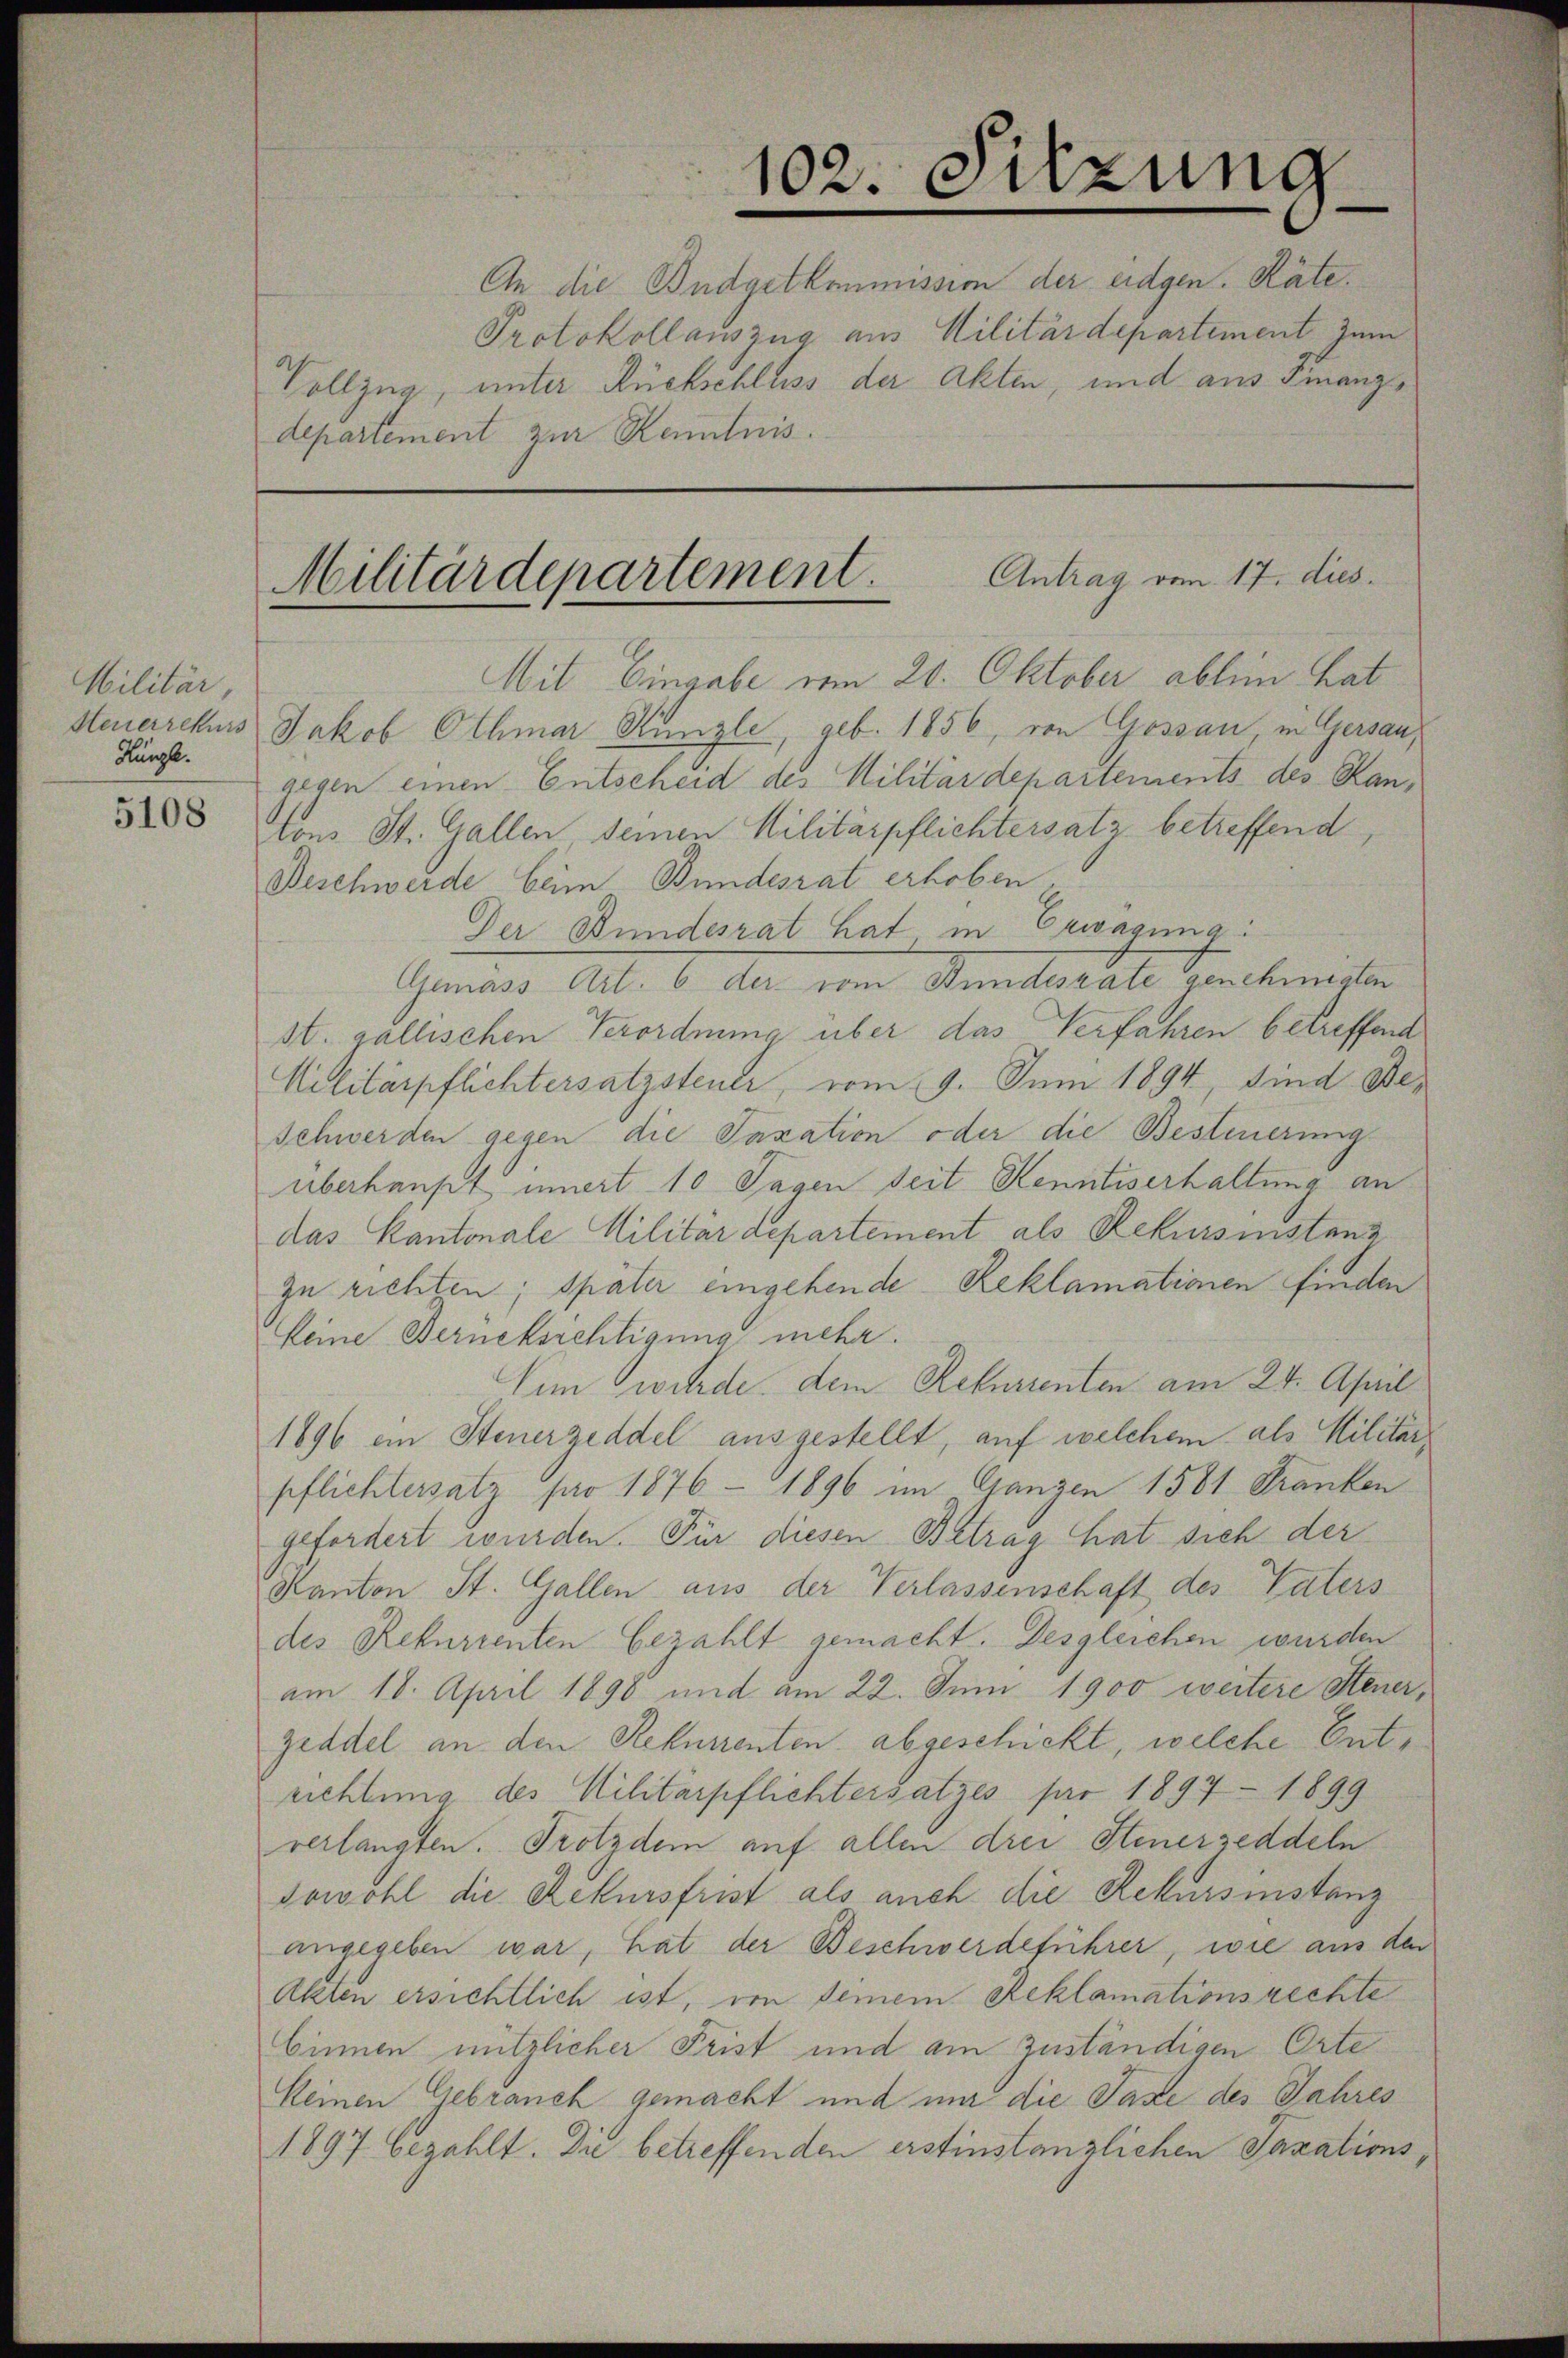
Militär,
Hunge.
5108

Vollzug, unter Rückschluss der Akten, und aus Finanzdepartement zur Kenntnis.

An die Budgetkommission der eidgen. Räte.
Protokollauszug aus Militärdepartement zum

102. Sitzung

Antrag vom 17. dies
Militärdepartement.

Mit Eingabe vom 20. Oktober ablein hat
Steuerrekurs Jakob Othmar Kungle, geb. 1856, von Gossau in Gersau,
gegen einen Entscheid des Militärdepartements des Kantons St. Gallen seinen Militärpflichtersatz betreffend
Beschwerde beim Bundesrat erhoben,
Der Bundesrat hat in Erwägung:
Gremand Art. 6 der vom Aeullokale Gerckmeister
st. gallischen Verordnung über das Verfahren betreffend
Militärpflichtersatzsteuer, vom 9. Juni 1894, sind Be¬
Schwerden gegen die Taxation oder die Besteuerung
überhaupt innert 10 Tagen Seit Kenntiserhaltung an
das Kantonale Militärdepartement als Rekursinstanz
zu richten; später eingehende Reklamationen finden
keine Berücksichtigung mehr.
Um wurde, dem Rekurrenten am 24. April
1896 ein Steuerzeddel ausgestellt, auf welchem als Militärpflichtersatz pro 1876 - 1896 im Ganzen 1581 Franken
gefordert wurden. Für diesen Betrag hat sich der
Kanton St. Gallen aus der Verlassenschaft des Vaters
des Rekurrenten bezahlt gemacht. Desgleichen wurden
am 18. April 1898 und am 22. Juni 1900 weitere Steuer,
zeddel an den Rekurrenten abgeschickt, welche Entrichtung des Militärpflichtersatzes far 1897 - 1899
verlangten. Trotzdem auf allen drei Steuerzeddeln
sowohl die Rekursfrist als auch die Rekursinstanz
angegeben war, hat der Beschwerdeführer, wie aus den
Akten ersichtlich ist, von seinem Reklamationsrechte
Cinnen nützlicher Frist und am zuständigen Orte
keinen Gebrauch gemacht und mir die Taxe des Jahres
1897 bezahlt. Die betreffenden erstinstanzlichen Taxations¬